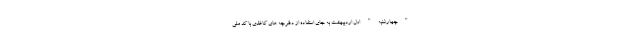
"چهارشنبه" اول اردیبهشت به جای استفاده از دفترچه های کاغذی با کد ملی